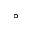
^ \circ